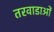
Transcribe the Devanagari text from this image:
तरवाडाओं